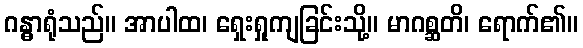
ဂန္ဓာရုံသည်။ အာပါထ၊ ရှေးရှုကျခြင်းသို့။ မာဂစ္ဆတိ၊ ရောက်၏။